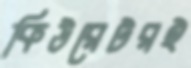
কিউরেটরই